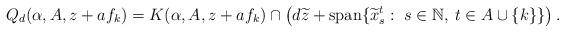
LaTeX: \begin{align*} Q_d(\alpha,A, z + a f_k) = K(\alpha,A,z + a f_k) \cap \left( d \widetilde{z} + \operatorname{span} \{\widetilde{x}^t_s: \; s \in \mathbb{N}, \: t \in A \cup \{k\}\} \right). \end{align*}